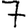
Digit: 7